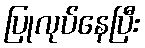
ပြုလုပ်နေပြီး